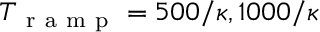
T _ { \mathrm { ~ r ~ a ~ m ~ p ~ } } = 5 0 0 / \kappa , 1 0 0 0 / \kappa